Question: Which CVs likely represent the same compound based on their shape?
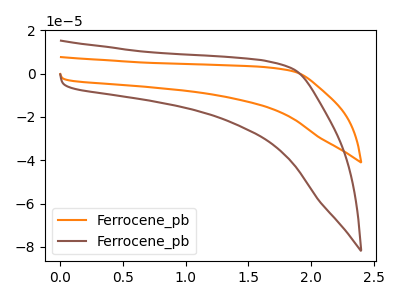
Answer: <think>The orange curve "Ferrocene_pb1" has no peaks. The brown curve "Ferrocene_pb2" has no peaks.
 Neither "Ferrocene_pb1" or "Ferrocene_pb2" have any peaks.</think>
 <answer>"Ferrocene_pb2" and "Ferrocene_pb1" have the same shape and are likely CV's of the same chemical.</answer>
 <eval>"Ferrocene_pb2" "Ferrocene_pb1"</eval>